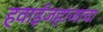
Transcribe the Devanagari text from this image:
हवाईजहाजाचा